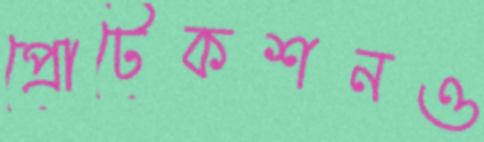
প্রোটেকশনও